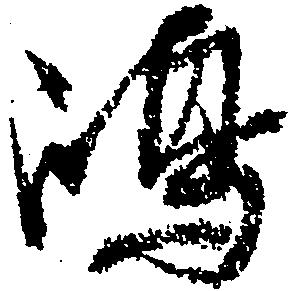
嶋